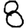
Digit: 8